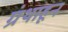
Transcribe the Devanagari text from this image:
ग्रंथाहून